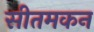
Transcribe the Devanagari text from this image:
सीतमकन